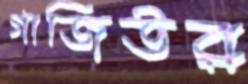
গাজিউর